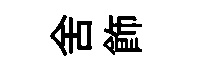
舍飾